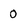
Character: 0